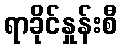
ရာခိုင်နှုန်းစီ